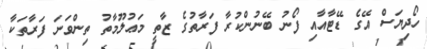
ހޯދިޔަސް އޭގެ ޑޭޓާއާއި ފޯނު ބޭނުންކުރާ ފަރާތުގެ ޒާތީ މަޢުލޫމާތު ތިންވަނަ ފަރާތަކާ